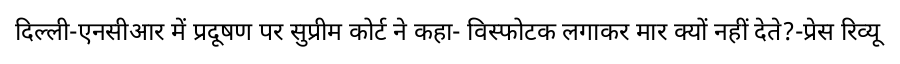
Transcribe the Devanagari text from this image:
दिल्ली-एनसीआर में प्रदूषण पर सुप्रीम कोर्ट ने कहा- विस्फोटक लगाकर मार क्यों नहीं देते?-प्रेस रिव्यू